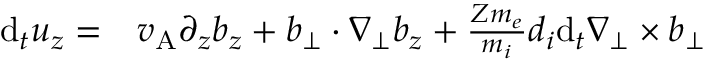
\begin{array} { r l } { \mathrm { d } _ { t } u _ { z } = } & { { } v _ { \mathrm { A } } \partial _ { z } b _ { z } + \boldsymbol { b } _ { \perp } \cdot \nabla _ { \perp } b _ { z } + \frac { Z m _ { e } } { m _ { i } } d _ { i } \mathrm { d } _ { t } \nabla _ { \perp } \times \boldsymbol { b } _ { \perp } } \end{array}